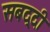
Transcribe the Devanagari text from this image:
सबद्दी